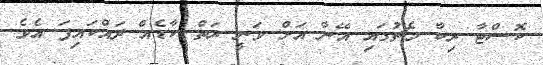
ކޮސްޓާ ރިކާ މެޗުގައި އޭނާ އަށް ވަނީ ރަތް ކާޑެއް ދައްކައިފަ އެވެ.